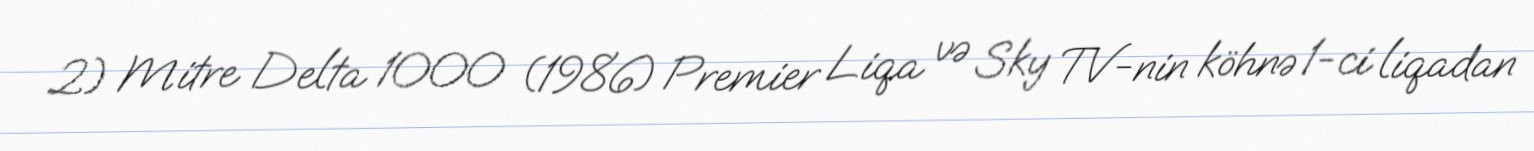
2) Mitre Delta 1000 (1986) Premier Liqa və Sky TV-nin köhnə 1-ci liqadan